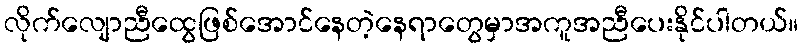
လိုက်လျောညီထွေဖြစ်အောင်နေတဲ့နေရာတွေမှာအကူအညီပေးနိုင်ပါတယ်။